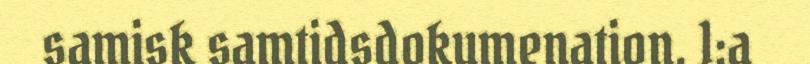
samisk samtidsdokumenation. 1:a